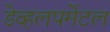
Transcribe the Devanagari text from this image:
डेव्हलपमेंटल